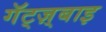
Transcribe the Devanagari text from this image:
गॅट्ज़्बाइ